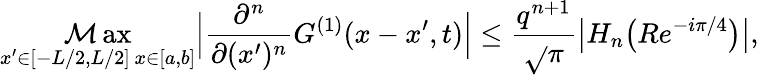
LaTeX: \operatorname*{\mathcal{M}ax}_{\substack{x^{\prime}\in[-L/2,L/2]\, x\in[a,b]}}\Big|\frac{{\partial^{n}}}{{\partial(x^{\prime})^{n}}}G^{(1)}(x-x^{\prime},t)\Big|\leq\frac{{q^{n+1}}}{{\sqrt{}{{\pi}}}}\big|H_{n}\big(Re^{-i\pi/4}\big)\big|,